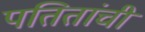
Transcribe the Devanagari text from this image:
पतितांची